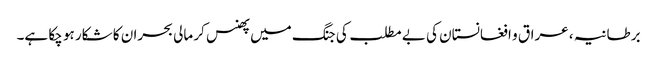
برطانیہ ، عراق و افغانستان کی بے مطلب کی جنگ میں پھنس کر مالی بحران کا شکار ہو چکا ہے۔